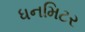
ધનમિટર